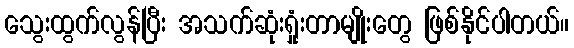
သွေးထွက်လွန်ပြီး အသက်ဆုံးရှုံးတာမျိုးတွေ ဖြစ်နိုင်ပါတယ်။